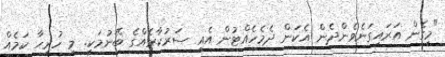
"މީގެން އަރައިގަނެވެންދެން އެކަން ދެމެހެއްޓުން އެއީ ސަރުކާރެއްގެ ބޭނުމަކީ. މި ހުރިހާ ކަމެއް